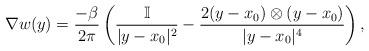
LaTeX: \begin{align*}\nabla w(y)=\frac{-\beta}{2\pi}\left(\frac{\mathbb I}{|y-x_0|^2}-\frac{2(y-x_0)\otimes (y-x_0)}{|y-x_0|^4}\right),\end{align*}